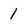
Character: 1